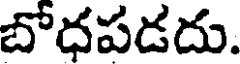
బోధపడదు.